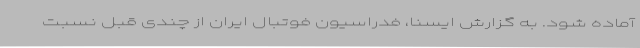
آماده شود. به گزارش ایسنا، فدراسیون فوتبال ایران از چندی قبل نسبت